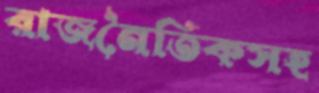
রাজনৈতিকসহ